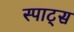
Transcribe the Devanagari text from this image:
स्पाट्स